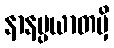
နာနပ္ပယာတမှိ